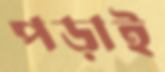
পড়াই